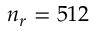
n _ { r } = 5 1 2